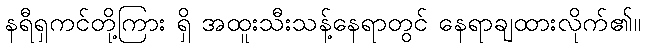
နရီရှကင်တို့ကြား ရှိ အထူးသီးသန့်နေရာတွင် နေရာချထားလိုက်၏။